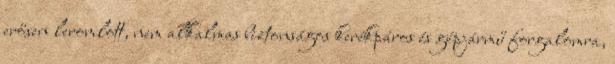
erősen leromlott, nem alkalmas biztonságos kerékpáros és gépjármű forgalomra,